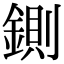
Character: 鍘